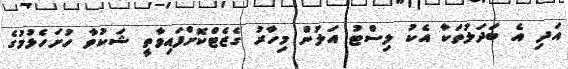
އަދި އެ ބަދަލުތަކާ އެކު ލިސްޓު އަލުން މިހާރު ގެޒެޓްކޮށްފައިވާތީ ޝަކުވާ ހުށަހެޅުމުގެ